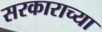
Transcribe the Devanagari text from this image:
सरकाराच्या